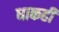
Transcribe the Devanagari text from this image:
धाकही